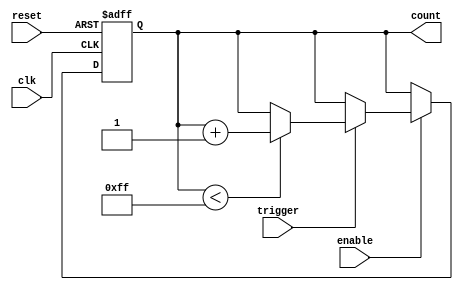
module event_triggered_counter (
    input wire clk,               // Clock signal
    input wire reset,             // Asynchronous reset signal
    input wire trigger,           // Event trigger signal
    input wire enable,            // Enable counting
    output reg [7:0] count        // 8-bit counter output
);

    // Parameters
    parameter MAX_COUNT = 255;    // Maximum count value

    // Asynchronous reset and counting logic
    always @(posedge clk or posedge reset) begin
        if (reset) begin
            count <= 8'b0;         // Reset counter to zero
        end else if (enable) begin
            if (trigger) begin
                if (count < MAX_COUNT) begin
                    count <= count + 1; // Increment counter
                end
                // If MAX_COUNT is reached, it holds at MAX_COUNT
                // Uncomment the next line for wrap-around behavior
                // else count <= 0; 
            end
        end
    end

endmodule